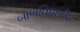
બાળવિધાપીઠ